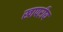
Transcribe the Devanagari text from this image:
खापरीय